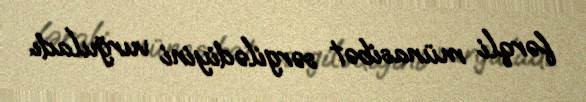
fərqli münasibət sərgilədiyini vurğuladı.